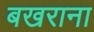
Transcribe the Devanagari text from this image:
बखराना